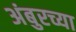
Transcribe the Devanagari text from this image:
अंबुरच्या